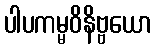
ပါပကမ္မဝိနိဗ္ဗယော